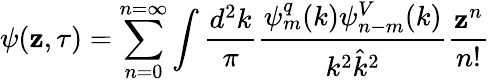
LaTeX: \psi(\mathbf{z},\tau)=\sum_{n=0}^{n=\infty}\int\frac{{d^{2}k}}{{\pi}}\frac{{\psi_{m}^{q}(k)\psi_{n-m}^{V}(k)}}{{k^{2}\hat{{k}}^{2}}}\frac{{\mathbf{z}^{n}}}{{n!}}